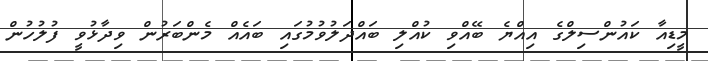
މީޑިއާ ކައުންސިލްގެ އިއްޔެ ބޭއްވި ކުއްލި ބައްދަލުވުމުގައި ބައެއް މެންބަރުން ވިދާޅުވީ ފުލުހުން